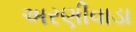
અરણીવાડા